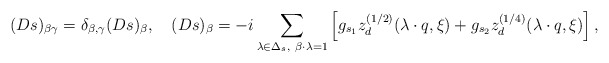
\begin{align*}(Ds)_{\beta \gamma}= \delta_{\beta,\gamma}(Ds)_{\beta},\quad (Ds)_{\beta}=-i\sum_{\lambda\in\Delta_s,\ \beta\cdot\lambda=1}\left[ g_{s_1}z_{d}^{(1/2)}(\lambda\cdot q,\xi)+ g_{s_2}z_{d}^{(1/4)}(\lambda\cdot q, \xi)\right], \end{align*}